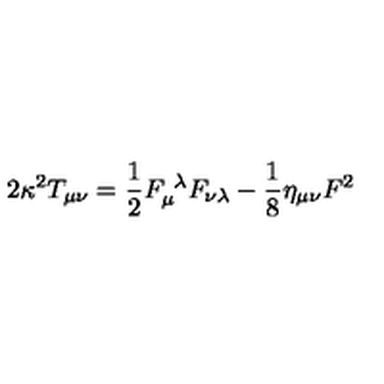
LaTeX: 2 \kappa ^ { 2 } T _ { \mu \nu } = \frac { 1 } { 2 } F _ { \mu } ^ { \ \lambda } F _ { \nu \lambda } - \frac { 1 } { 8 } \eta _ { \mu \nu } F ^ { 2 }